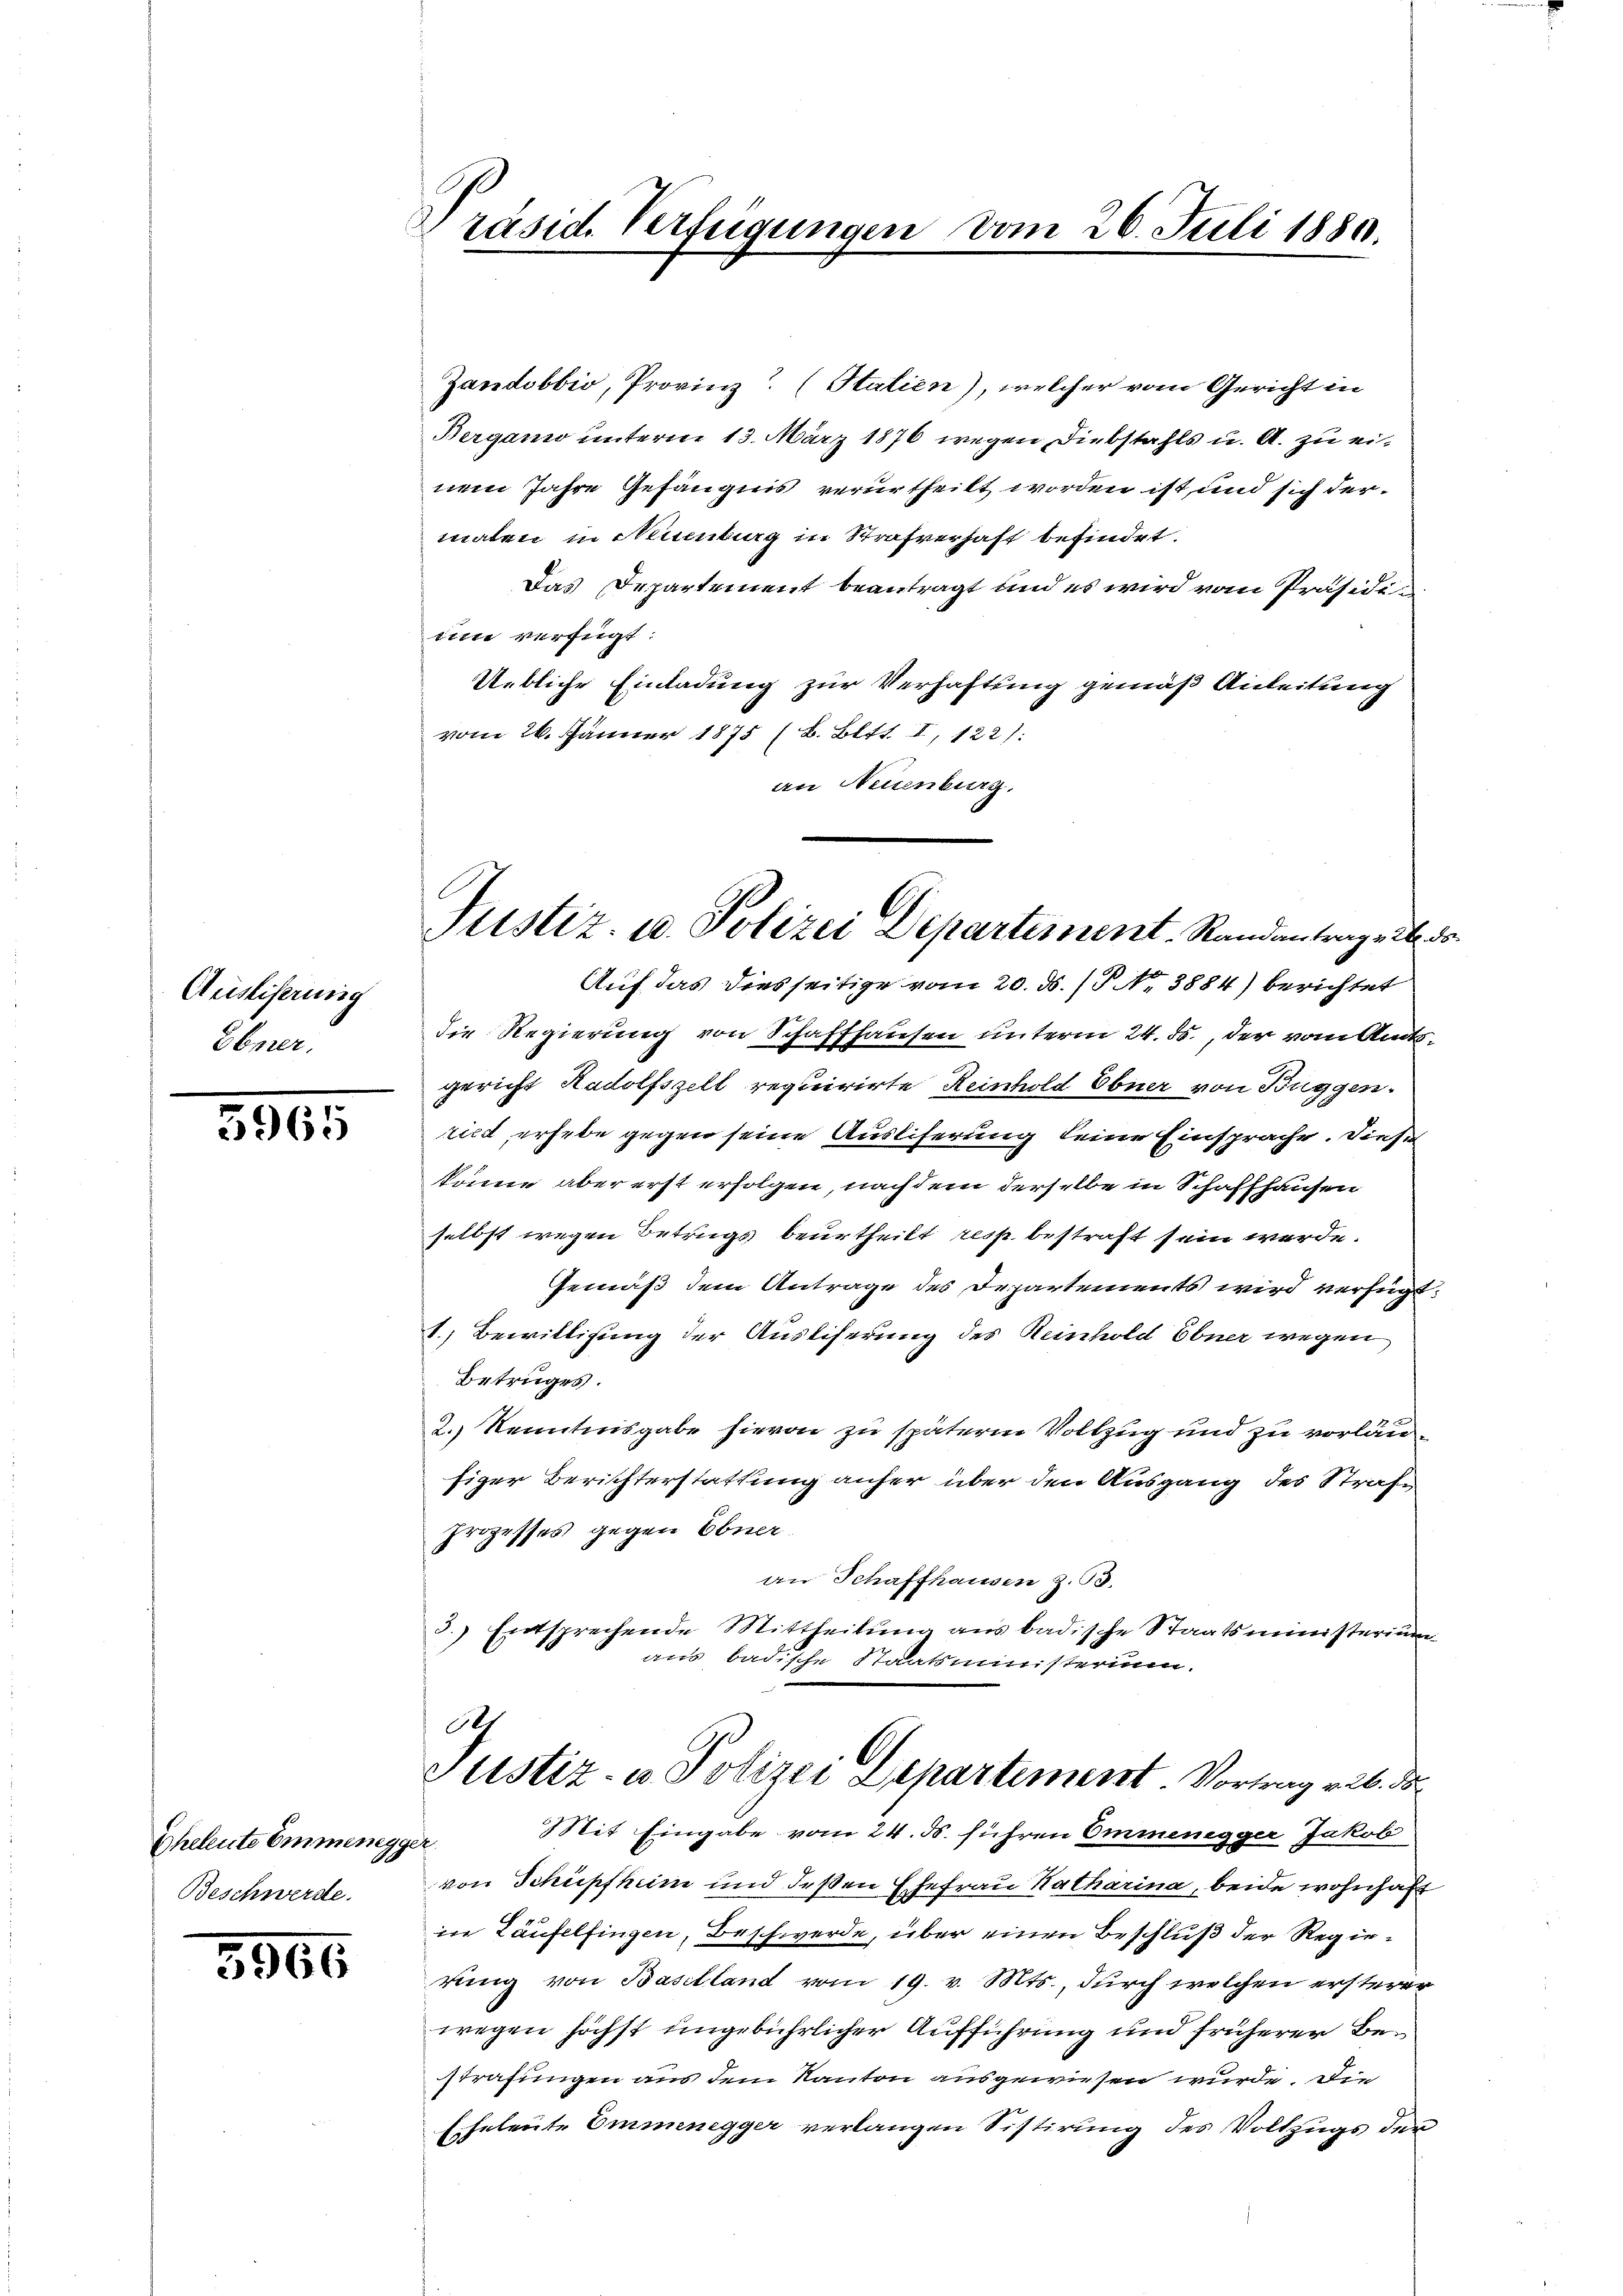
Ausliserung
Ebner.

5965

Eheleute Emmenegger
Beschwerde.

3966

Präsid. Verfügungen vom 26. Juli 1880.

Justiz- u. Polizei Departement. Randantrage d. d.

Zandobbio, Provinz (Statien), welcher vom Gericht in
Bergamo unterm 13. März 1876 wegen Diebstahls u. A. zu einem Jahre Gefängnis verurtheilt worden ist und sich dermaten in Neuenburg in Strafverhaft befindet.
Das Departement beantragt und es wird vom Präsidium verfügt:
Uebliche Einladung zur Verhaftung gemäß Anleitung
vom 26. Jänner 1875 (B. Bett. I, 122):
an Neuenburg.
Auf das diesseitige vom 20. ds. / P. No. 3884) berichtet
die Regierung von Schaffhausen unterm 24. ds., der vom Amtsgericht Radolfszell requirirte Reinhold Ebner von Buggen.
rild, erhebe gegen seine Ausliferung seine Einsprache. Diese
trinne aber erst erfolgen, nachdem derselbe in Schaffhausen
selbst wegen Betrugs beurtheilt resp. bestraft sein werde.
Gemäß dem Antrage des Departements wird verfügt:
1.) Bewilligung der Ausliferung des Reinhold Ebner wegen
Betruges.
2.) Kenntnisgabe hievon zu späterem Vollzug und zu vorläufiger Berichterstattung anher über den Ausgang des Strafprozesses gegen Ebner.
an Schaffhausen z. B.
3.) Entsprechende Mittheilung aus badische Staatsministerium
aus badische Staatsministerium.
Ich
Justiz- u Polizei Departiment Vortrag v. 26. d
Mit Eingabe vom 24. ds. führen Ommenegger Jakob
von Schüpfheim und deßen Ehefrau Katharina, beide wohnhaft
in Laufelfingen, Beschwerde, über einen Beschluß der Regierung von Baselland vom 19. v. Mts., durch welchen ersterer
wegen höchst ungebührlicher Aufführung und früherer Bestrafungen aus dem Kanton ausgewiesen wurde. Die
Eheleute Emmenegger verlangen Sistirung des Vollzugs der